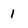
Character: 1